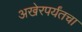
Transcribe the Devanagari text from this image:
अखेरपर्यंतचा